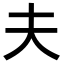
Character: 夫